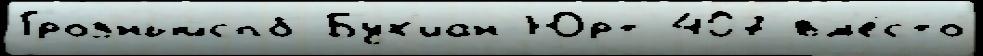
Грозныйспб Бух'иан-Юрт 407 вм'е́сто